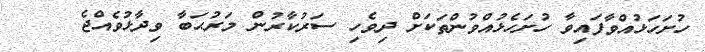
ހުށަހަޅުއްވާފައިވާ ހުށަހެޅުއްވުންތަކަށް ދިވެހި ސަރުކާރުން މަރުޙަބާ ވިދާޅުވެއްޖެ